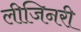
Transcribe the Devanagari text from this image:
लीजिनरी